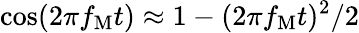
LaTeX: \cos(2\pi f_{\mathrm{M}}t)\approx 1-(2\pi f_{\mathrm{M}}t)^{2}/2